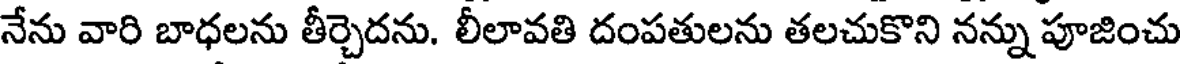
నేను వారి బాధలను తీర్చెదను. లీలావతి దంపతులను తలచుకొని నన్ను పూజించు